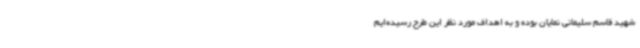
شهید قاسم سلیمانی نمایان بوده و به اهداف مورد نظر این طرح رسیده‌ایم